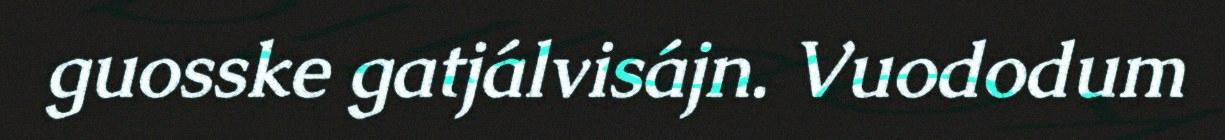
guosske gatjálvisájn. Vuododum